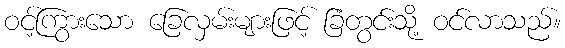
ဝင့်ကြွားသော ခြေလှမ်းများဖြင့် ခြံတွင်းသို့ ဝင်လာသည်။